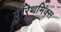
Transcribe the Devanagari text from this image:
युरिथमिक्स